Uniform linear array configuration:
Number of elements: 24
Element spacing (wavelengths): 0.75
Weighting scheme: uniform
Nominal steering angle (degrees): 45
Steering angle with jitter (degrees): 43.882
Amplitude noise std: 0.05
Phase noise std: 0.05

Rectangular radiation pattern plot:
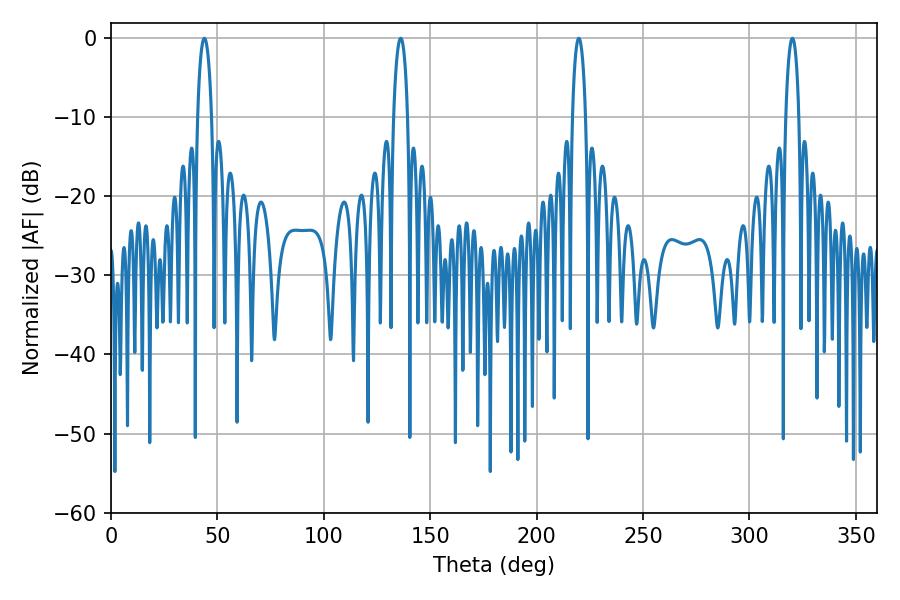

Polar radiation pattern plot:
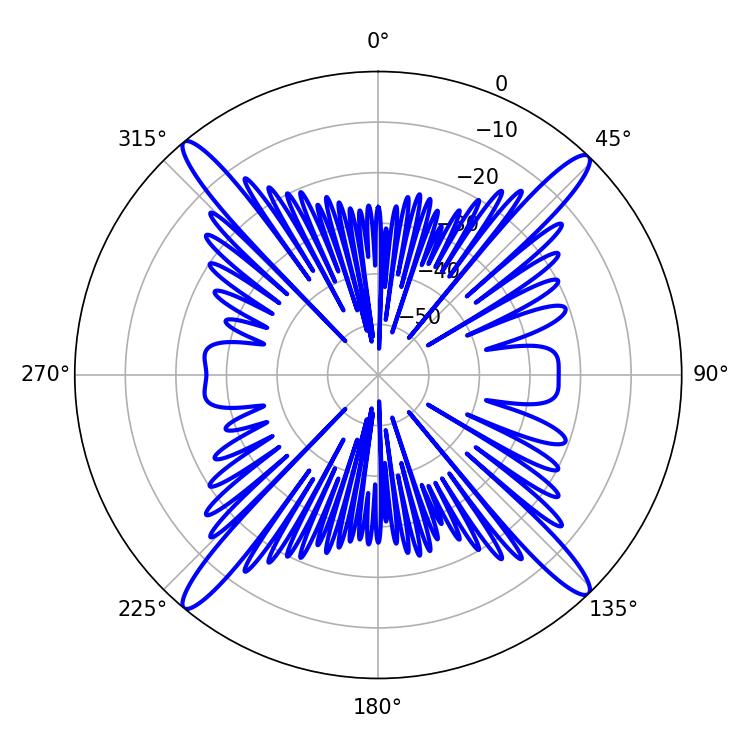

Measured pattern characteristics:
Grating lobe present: TRUE
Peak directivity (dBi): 21.23
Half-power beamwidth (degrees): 3.42
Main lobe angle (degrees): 219.78